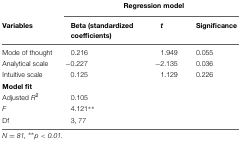
<table><thead><tr><td></td><td colspan="3"><b>Regression model</b></td></tr><tr><td><b>Variables</b></td><td><b>Beta (standardized coefficients)</b></td><td><b><i>t</i></b></td><td><b>Significance</b></td></tr></thead><tbody><tr><td>Mode of thought</td><td>0.216</td><td>1.949</td><td>0.055</td></tr><tr><td>Analytical scale</td><td>-0.227</td><td>-2.135</td><td>0.036</td></tr><tr><td>Intuitive scale</td><td>0.125</td><td>1.129</td><td>0.226</td></tr><tr><td><b>Model fit</b></td><td></td><td></td><td></td></tr><tr><td>Adjusted <i>R</i><sup>2</sup></td><td>0.105</td><td></td><td></td></tr><tr><td><i>F</i></td><td>4.121**</td><td></td><td></td></tr><tr><td>Df</td><td>3, 77</td><td></td><td></td></tr></tbody></table>